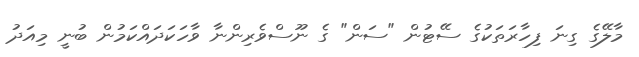
މާލޭގެ ގިނަ ފިހާރަތަކުގެ ސޭޓުން "ސަން" ގެ ނޫސްވެރިންނާ ވާހަކަދައްކަމުން ބުނީ މިއަދު